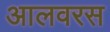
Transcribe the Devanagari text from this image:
आलवरस